Revision of Machinery of Youth Service Scheme, 1942
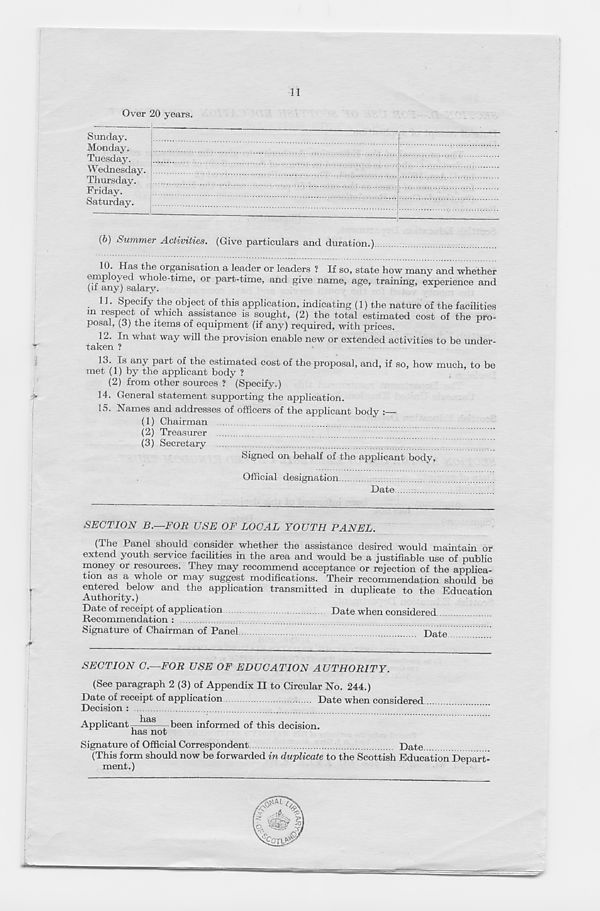
11
Over 20 years.
Sunday.
Monday.
Tuesday.
Wednesday.
Thursday.
Friday.
Saturday.
(b) Summer Activities. (Give particulars and duration.)
10. Has the organisation a leader or leaders ? If so, state how many and whether
C^any^sa^^1 0^ ^^m e, °r P ar^"^me ’ an<^ S^v e name, age, training, experience and
11. Specify the object of this application, indicating (1) the nature of the facilities
m respect of which assistance is sought, (2) the total estimated cost of the pro-
posal, (3) the items of equipment (if any) required, with prices.
12. In what way will the provision enable new or extended activities to be under-
taken ?
13. Is any part of the estimated cost of the proposal, and, if so, how much, to be
met (1) by the applicant body ?
(2) from other sources ? (Specify.)
14. General statement supporting the application.
15. Names and addresses of officers of the applicant body :
(1) Chairman
(2) Treasurer
(3) Secretary
Signed on behalf of the applicant body,
Official designation
Date
SECTION B.—FOR USE OF LOCAL YOUTH PANEL.
Panel should consider whether the assistance desired would maintain or
extend youth service facilities in the area and would be a justifiable use of public
money or resources. They may recommend acceptance or rejection of the applica-
tion as a whole or may suggest modifications. Their recommendation should be
entered below and the application transmitted in duplicate to the Education
Authority.)
Date of receipt of application
Date when considered .
Recommendation :
Signature of Chairman of Pane!
Date
SECTION C.—FOR USE OF EDUCATION AUTHORITY.
(See paragraph 2 (3) of Appendix II to Circular No. 244.)
Date of receipt of application
Date when considered ...
Decision :
h&s
Applicant^
—been informed of this decision.
has not
Signature of Official Correspondent
Date...
(This form should now be forwarded in duplicate to the Scottish Education Depart-
ment.)